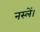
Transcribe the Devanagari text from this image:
नस्लें।